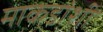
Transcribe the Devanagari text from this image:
माकडांशी